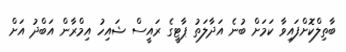
ބާތިލްކޮށްފައިވާ ކަމަށް ބުނެ އަދާލަތު ޕާޓީގެ ރައީސް ޝައިހު އިމްރާން އަބްދު އަށް